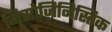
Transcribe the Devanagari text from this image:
मिसोज़िनिस्तिक